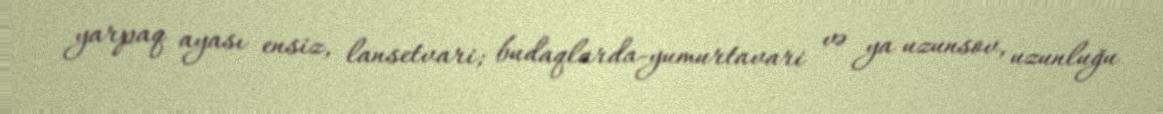
yarpaq ayası ensiz, lansetvari; budaqlarda-yumurtavari və ya uzunsov, uzunluğu